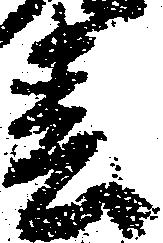
春